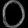
Digit: ၀